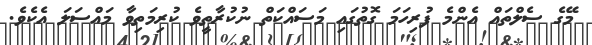
މޭގެ ސެލްތައް އެންމެ ފުރިހަމަ ގޮތުގައި މަސައްކަތް ނުކުރާތީވެ ކުރިމަތިވާ މައްސަލަ އެކެވެ.